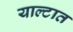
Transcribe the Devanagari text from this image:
याल्टात